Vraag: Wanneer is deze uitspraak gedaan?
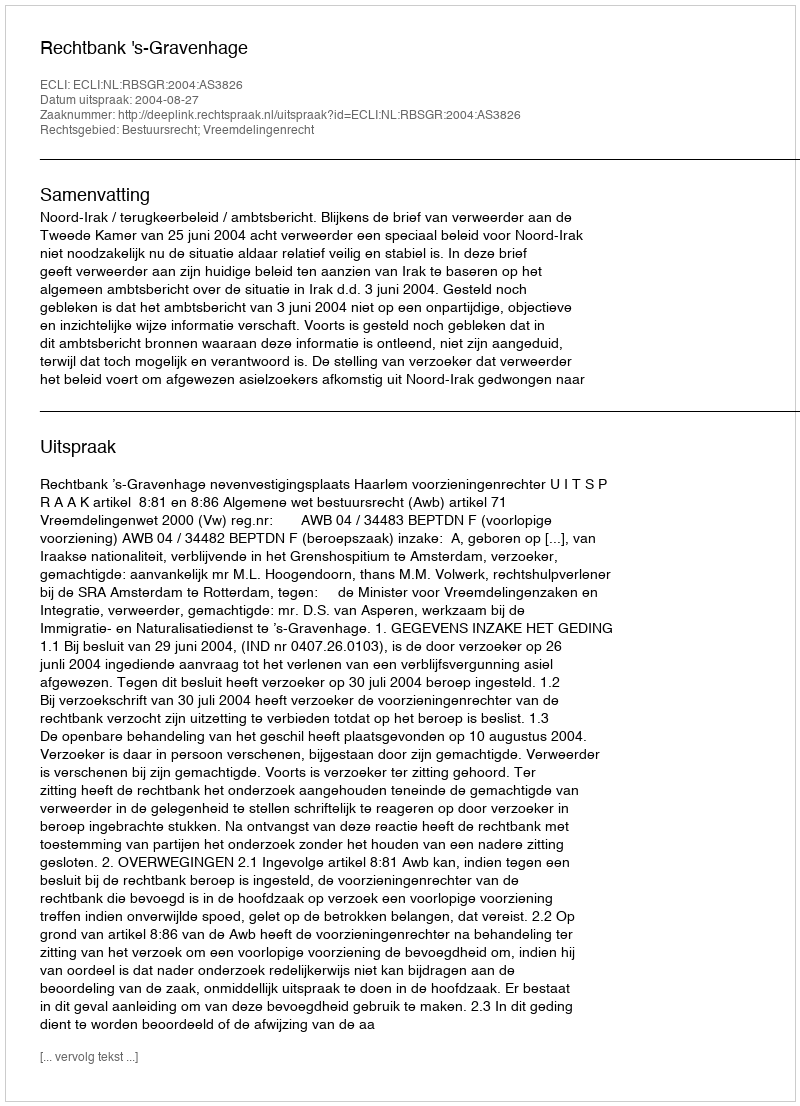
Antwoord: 2004-08-27